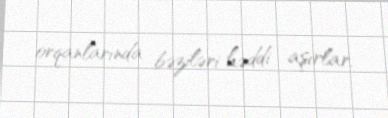
orqanlarında bəziləri həddi aşırlar.